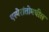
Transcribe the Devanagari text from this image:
एस्पेरांतोमधील